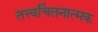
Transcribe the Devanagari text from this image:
तत्त्वचिंतनात्मक